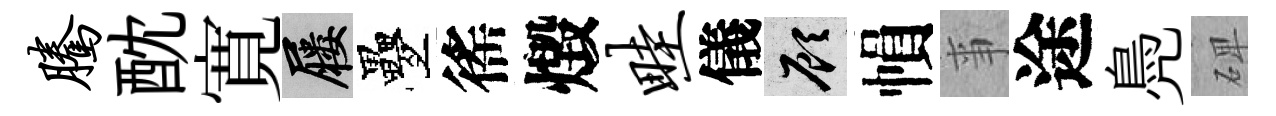
腾酖寛屨疊徭燬畦儀顧𢄙亊途鳧𥓓